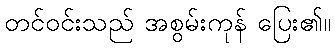
တင်ဝင်းသည် အစွမ်းကုန် ပြေး၏။